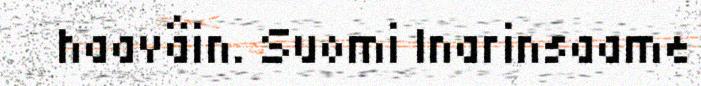
haavâin. Suomi Inarinsaame